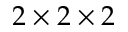
2 \times 2 \times 2